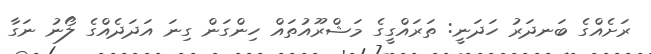
ރަށެއްގެ ބަނދަރު ހަދަނީ: ތަރައްގީގެ މަޝްރޫއުތައް ހިންގަން ގިނަ އަދަދެއްގެ ލޯނު ނަގާ